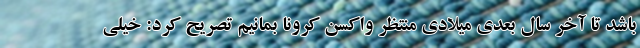
باشد تا آخر سال بعدی میلادی منتظر واکسن کرونا بمانیم تصریح کرد: خیلی